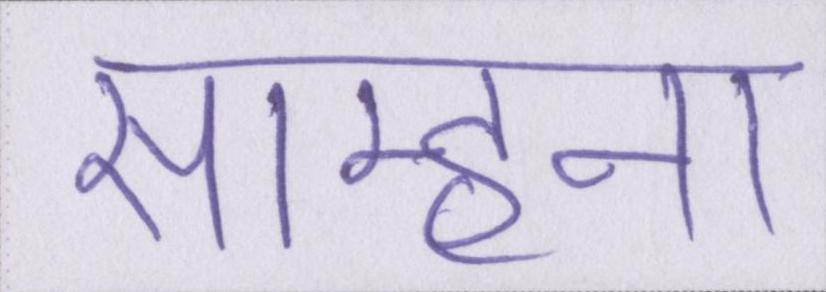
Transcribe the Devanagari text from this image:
साम्हना